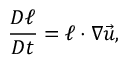
\frac { D \boldsymbol { \ell } } { D t } = \boldsymbol { \ell } \cdot \boldsymbol { \nabla } \vec { u } ,